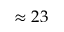
\approx 2 3